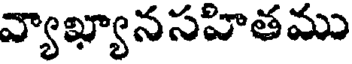
వ్యాఖ్యానసహితము